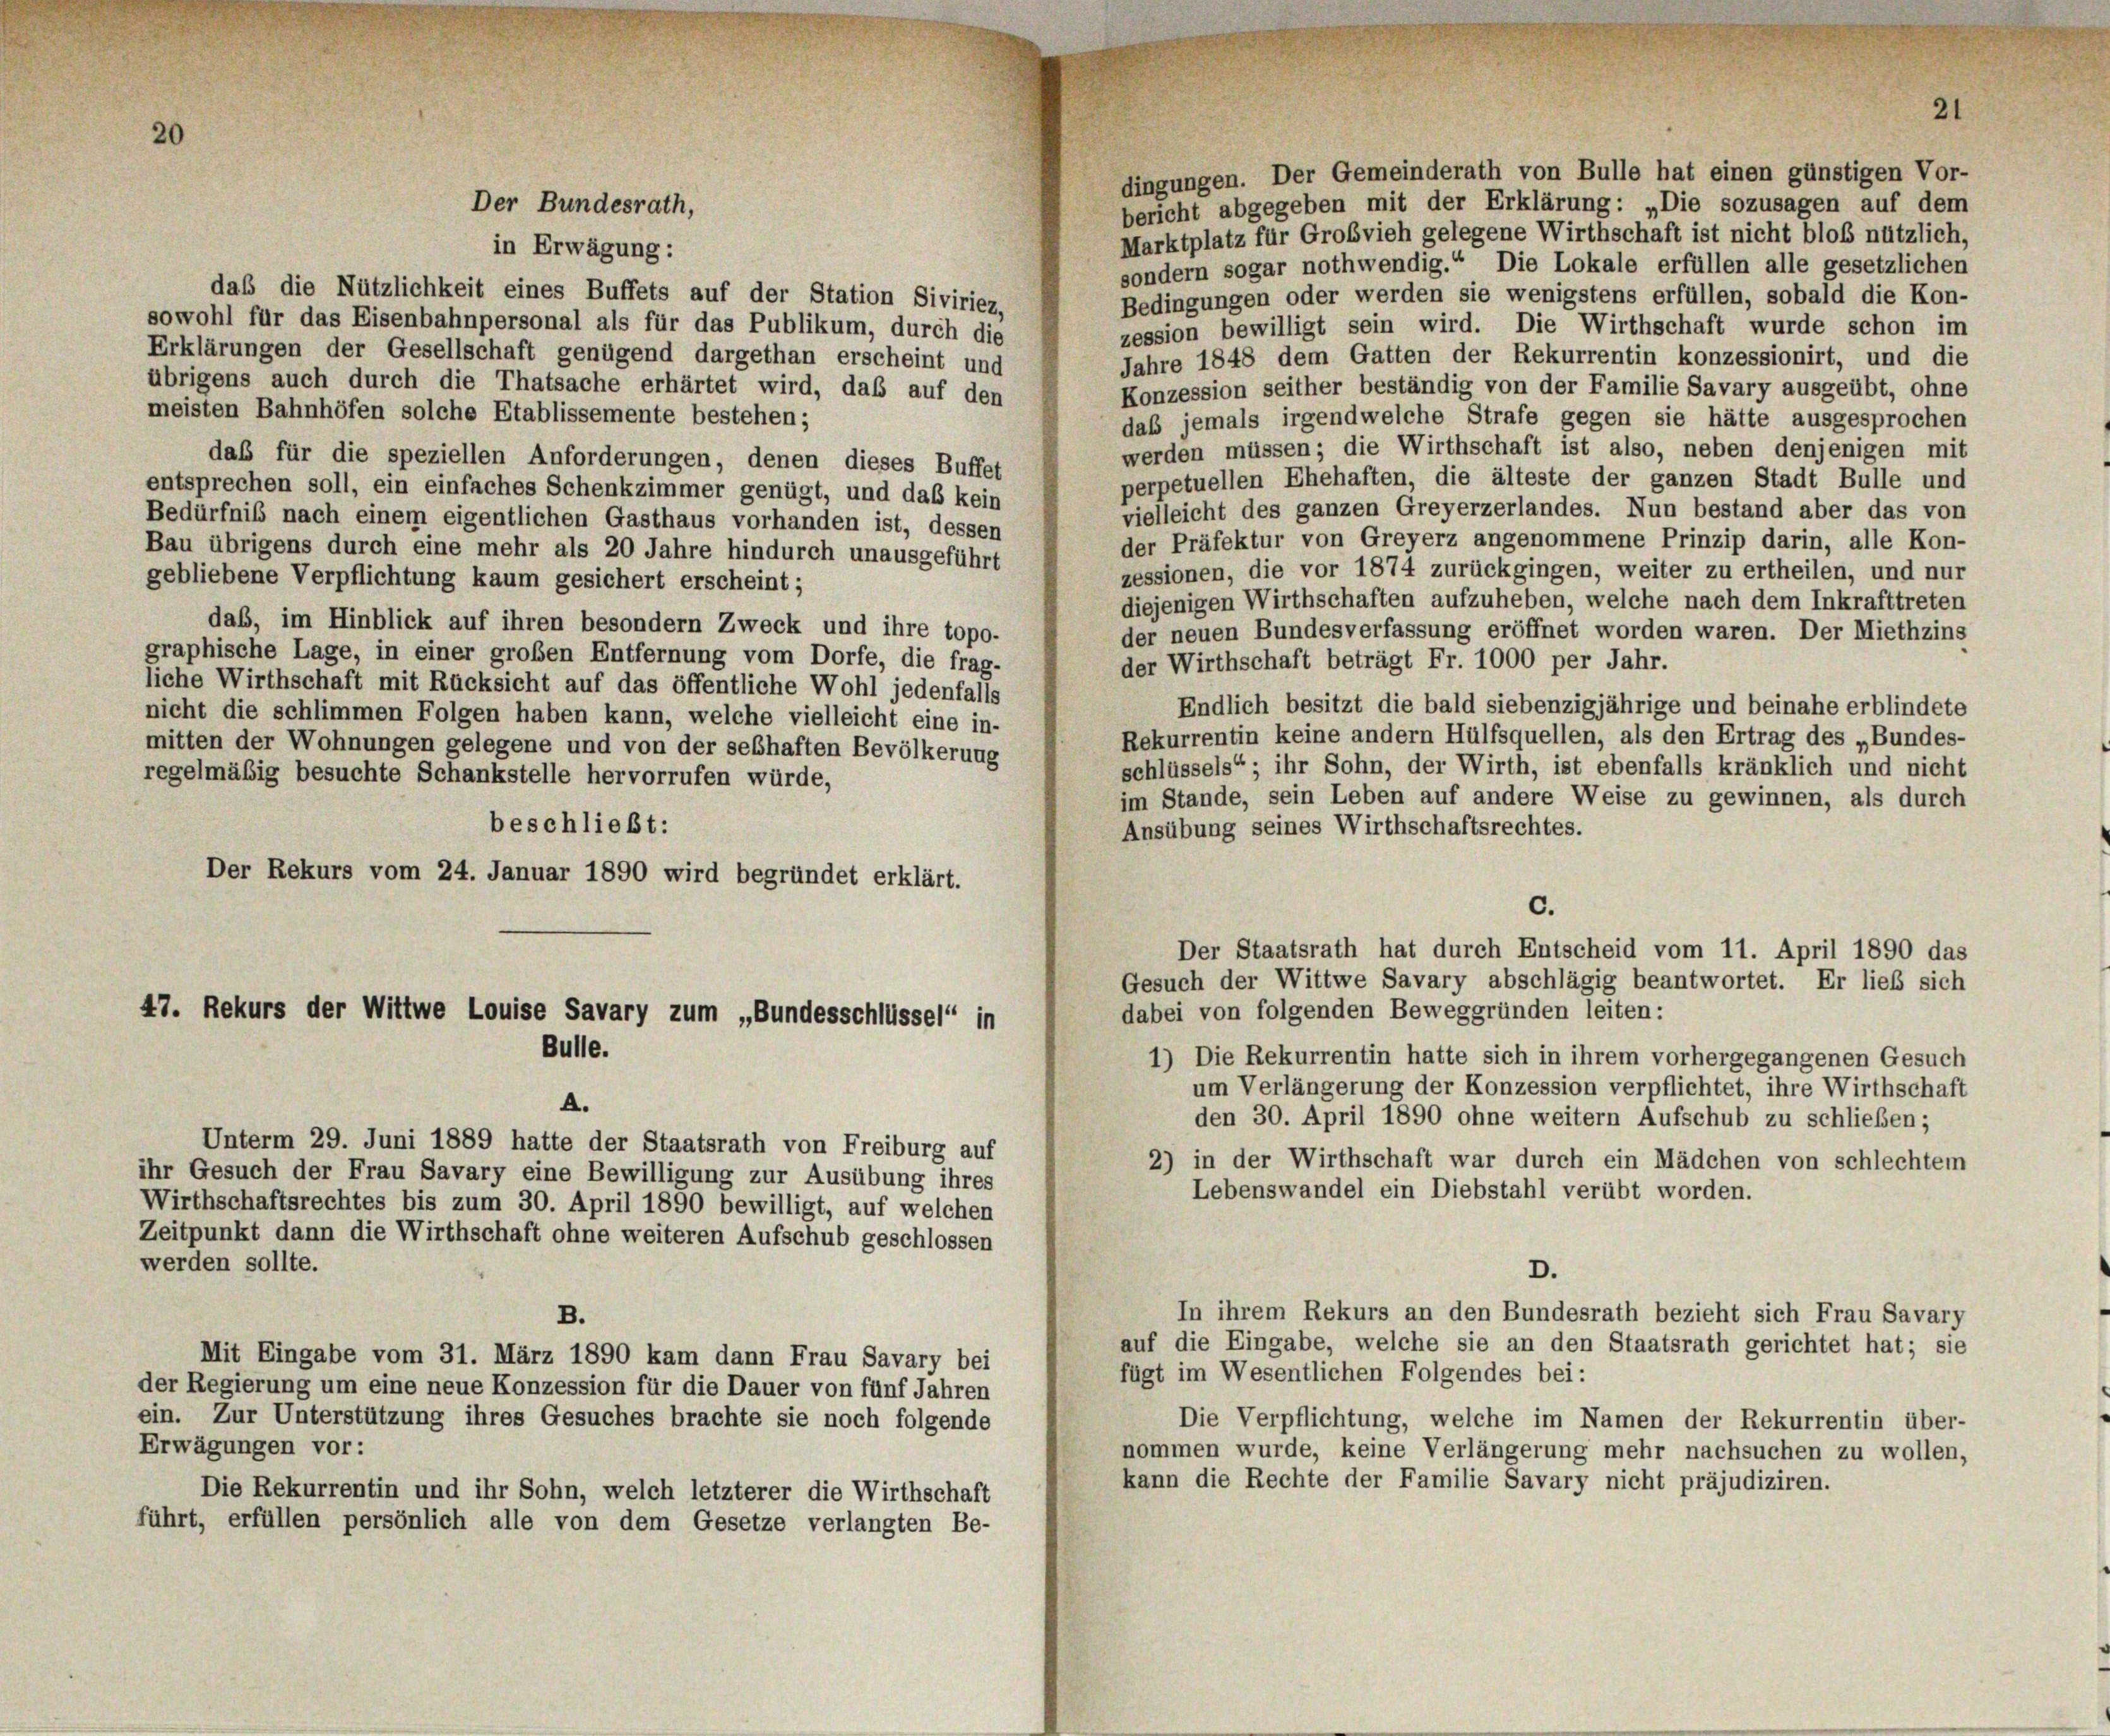
dingungen. Der Gemeinderath von Bulle hat einen günstigen Vor-
bericht abgegeben mit der Erklärung: „Die sozusagen auf dem
Marktplatz für Großvieh gelegene Wirthschaft ist nicht bloß nützlich,
sondern sogar nothwendig.“ Die Lokale erfüllen alle gesetzlichen
daß die Nützlichkeit eines Buffets auf der Station Siviriez,
Bedingungen oder werden sie wenigstens erfüllen, sobald die Kon-
sowohl für das Eisenbahnpersonal als für das Publikum, durch die
zession bewilligt sein wird. Die Wirthschaft wurde schon im
Erklärungen der Gesellschaft genügend dargethan erscheint und
Jahre 1848 dem Gatten der Rekurrentin konzessionirt, und die
übrigens auch durch die Thatsache erhärtet wird, daß auf den
Konzession seither beständig von der Familie Savary ausgeübt, ohne
meisten Bahnhöfen solche Etablissemente bestehen;
daß jemals irgendwelche Strafe gegen sie hätte ausgesprochen
werden müssen; die Wirthschaft ist also, neben denjenigen mit
daß für die speziellen Anforderungen, denen dieses Buffet
perpetuellen Ehehaften, die älteste der ganzen Stadt Bulle und
entsprechen soll, ein einfaches Schenkzimmer genügt, und daß kein
vielleicht des ganzen Greyerzerlandes. Nun bestand aber das von
Bedürfnis nach einem eigentlichen Gasthaus vorhanden ist, dessen
der Präfektur von Greyerz angenommene Prinzip darin, alle Kon-
Bau übrigens durch eine mehr als 20 Jahre hindurch unausgeführt
zessionen, die vor 1874 zurückgingen, weiter zu ertheilen, und nur
gebliebene Verpflichtung kaum gesichert erscheint;
diejenigen Wirthschaften aufzuheben, welche nach dem Inkrafttreten
daß, im Hinblick auf ihren besondern Zweck und ihre topo-
der neuen Bundesverfassung eröffnet worden waren. Der Miethzins
graphische Lage, in einer großen Entfernung vom Dorfe, die frag-
der Wirthschaft beträgt Fr. 1000 per Jahr.
liche Wirthschaft mit Rücksicht auf das öffentliche Wohl jedenfalls
Endlich besitzt die bald siebenzigjährige und beinahe erblindete
nicht die schlimmen Folgen haben kann, welche vielleicht eine in-
Rekurrentin keine andern Hülfsquellen, als den Ertrag des „Bundes-
mitten der Wohnungen gelegene und von der seßhaften Bevölkerung
schlüssels“; ihr Sohn, der Wirth, ist ebenfalls kränklich und nicht
regelmäßig besuchte Schankstelle hervorrufen würde,
im Stande, sein Leben auf andere Weise zu gewinnen, als durch
beschließt:
Ansübung seines Wirthschaftsrechtes.
Der Rekurs vom 24. Januar 1890 wird begründet erklärt.
c.
Der Staatsrath hat durch Entscheid vom 11. April 1890 das
Gesuch der Wittwe Savary abschlägig beantwortet. Er lieb sich
dabei von folgenden Beweggründen leiten:
47. Rekurs der Wittwe Louise Savary zum „Bundesschlüssel“ in
Bulle.
1) Die Rekurrentin hatte sich in ihrem vorhergegangenen Gesuch
um Verlängerung der Konzession verpflichtet, ihre Wirthschaft
A.
den 30. April 1890 ohne weitern Aufschub zu schließen;
Unterm 29. Juni 1889 hatte der Staatsrath von Freiburg auf
2) in der Wirthschaft war durch ein Mädchen von schlechtem
ihr Gesuch der Frau Savary eine Bewilligung zur Ausübung ihres
Lebenswandel ein Diebstahl verübt worden.
Wirthschaftsrechtes bis zum 30. April 1890 bewilligt, auf welchen
Zeitpunkt dann die Wirthschaft ohne weiteren Aufschub geschlossen
werden sollte.
D.
In ihrem Rekurs an den Bundesrath bezieht sich Frau Savary
B.
auf die Eingabe, welche sie an den Staatsrath gerichtet hat; sie
Mit Eingabe vom 31. März 1890 kam dann Frau Savary bei
fügt im Wesentlichen Folgendes bei:
der Regierung um eine neue Konzession für die Dauer von fünf Jahren
ein. Zur Unterstützung ihres Gesuches brachte sie noch folgende
Die Verpflichtung, welche im Namen der Rekurrentin über-
Erwägungen vor:
nommen wurde, keine Verlängerung mehr nachsuchen zu wollen,
kann die Rechte der Familie Savary nicht präjudiziren.
Die Rekurrentin und ihr Sohn, welch letzterer die Wirthschaft
führt, erfüllen persönlich alle von dem Gesetze verlangten Be-

in Erwägung:

Der Bundesrath,

21